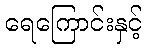
ရေကြောင်းနှင့်